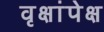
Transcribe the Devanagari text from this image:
वृक्षांपेक्ष